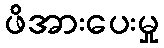
ဖိအားပေးမှု